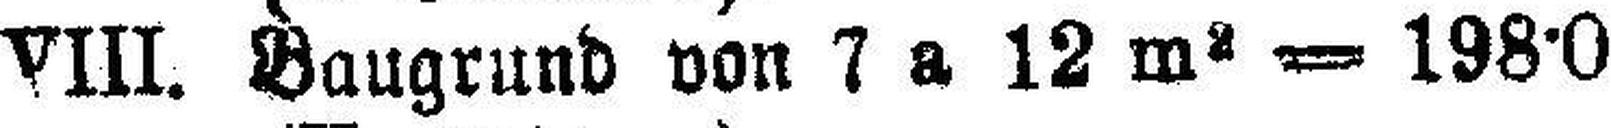
VIII. Baugrund von 7 a 12 m2 = 198·0 □Klft.